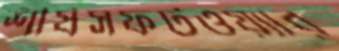
শীর্ষসফটওয়্যার